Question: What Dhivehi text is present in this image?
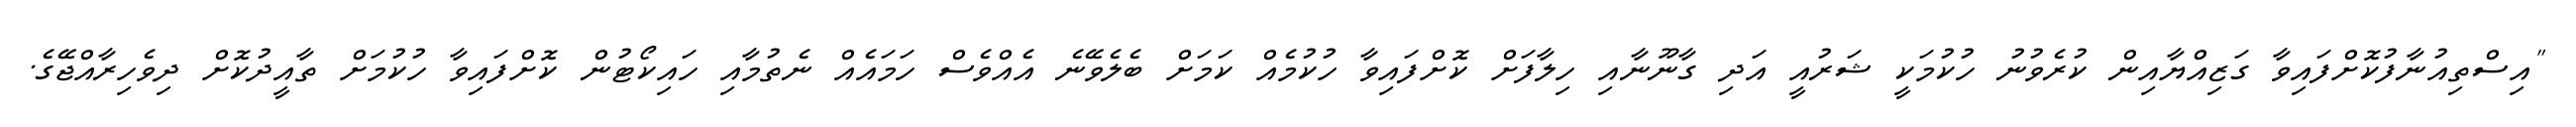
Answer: "އިސްތިއުނާފުކޮށްފައިވާ ގަޒިއްޔާއިން ކުރެވުނު ހުކުމަކީ ޝަރުއީ އަދި ގާނޫނާއި ހިލާފަށް ކޮށްފައިވާ ހުކުމެއް ކަމަށް ބެލެވޭނެ އެއްވެސް ހަމައެއް ނެތުމާއި ހައިކޯޓުން ކޮށްފައިވާ ހުކުމަށް ތާއީދުކޮށް ދިވެހިރާއްޖޭގެ.